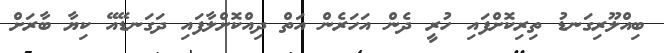
ބިއްލޫރިގަނޑު ތިރިކޮށްފައި ހުރީ ދެން އަހަރެން އަތް ދިއްކޮށްލާފައި ދަގަނޑޭއޭ ކިޔާ ބާރަށް